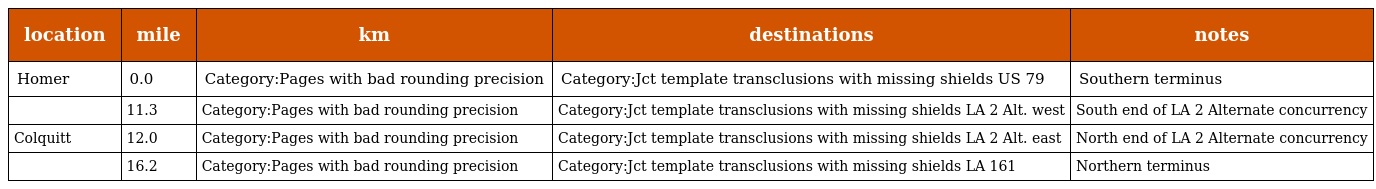
| location | mile | km | destinations | notes |
 | --- | --- | --- | --- | --- |
 | Homer | 0.0 | Category:Pages with bad rounding precision | Category:Jct template transclusions with missing shields US 79 | Southern terminus |
 |  | 11.3 | Category:Pages with bad rounding precision | Category:Jct template transclusions with missing shields LA 2 Alt. west | South end of LA 2 Alternate concurrency |
 | Colquitt | 12.0 | Category:Pages with bad rounding precision | Category:Jct template transclusions with missing shields LA 2 Alt. east | North end of LA 2 Alternate concurrency |
 |  | 16.2 | Category:Pages with bad rounding precision | Category:Jct template transclusions with missing shields LA 161 | Northern terminus |